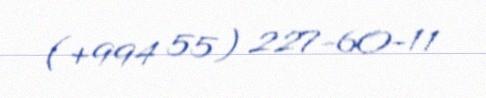
(+994 55) 227-60-11